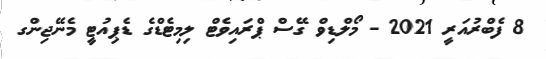
8 ފެބްރުއަރީ 2021 - މޯލްޑިވް ގޭސް ޕްރައިވެޓް ލިމިޓެޑްގެ ޑެޕިއުޓީ މެނޭޖިންގ